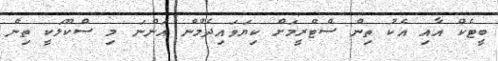
ބީޓެކް އާއި އެކު ތިން ސްޓްރީމަށް ކިޔަވައިދެމުން އަންނަ މި ސްކޫލަކީ ތިން